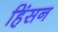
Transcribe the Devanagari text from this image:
हिंसन